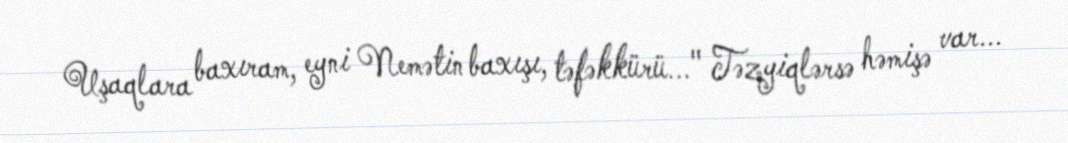
Uşaqlara baxıram, eyni Nemətin baxışı, təfəkkürü..." Təzyiqlərsə həmişə var...